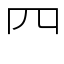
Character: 𦉪